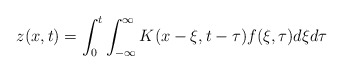
\begin{align*}z(x,t)=\int_0^t\int_{-\infty}^\infty K(x-\xi,t-\tau) f(\xi,\tau) d\xi d\tau\end{align*}